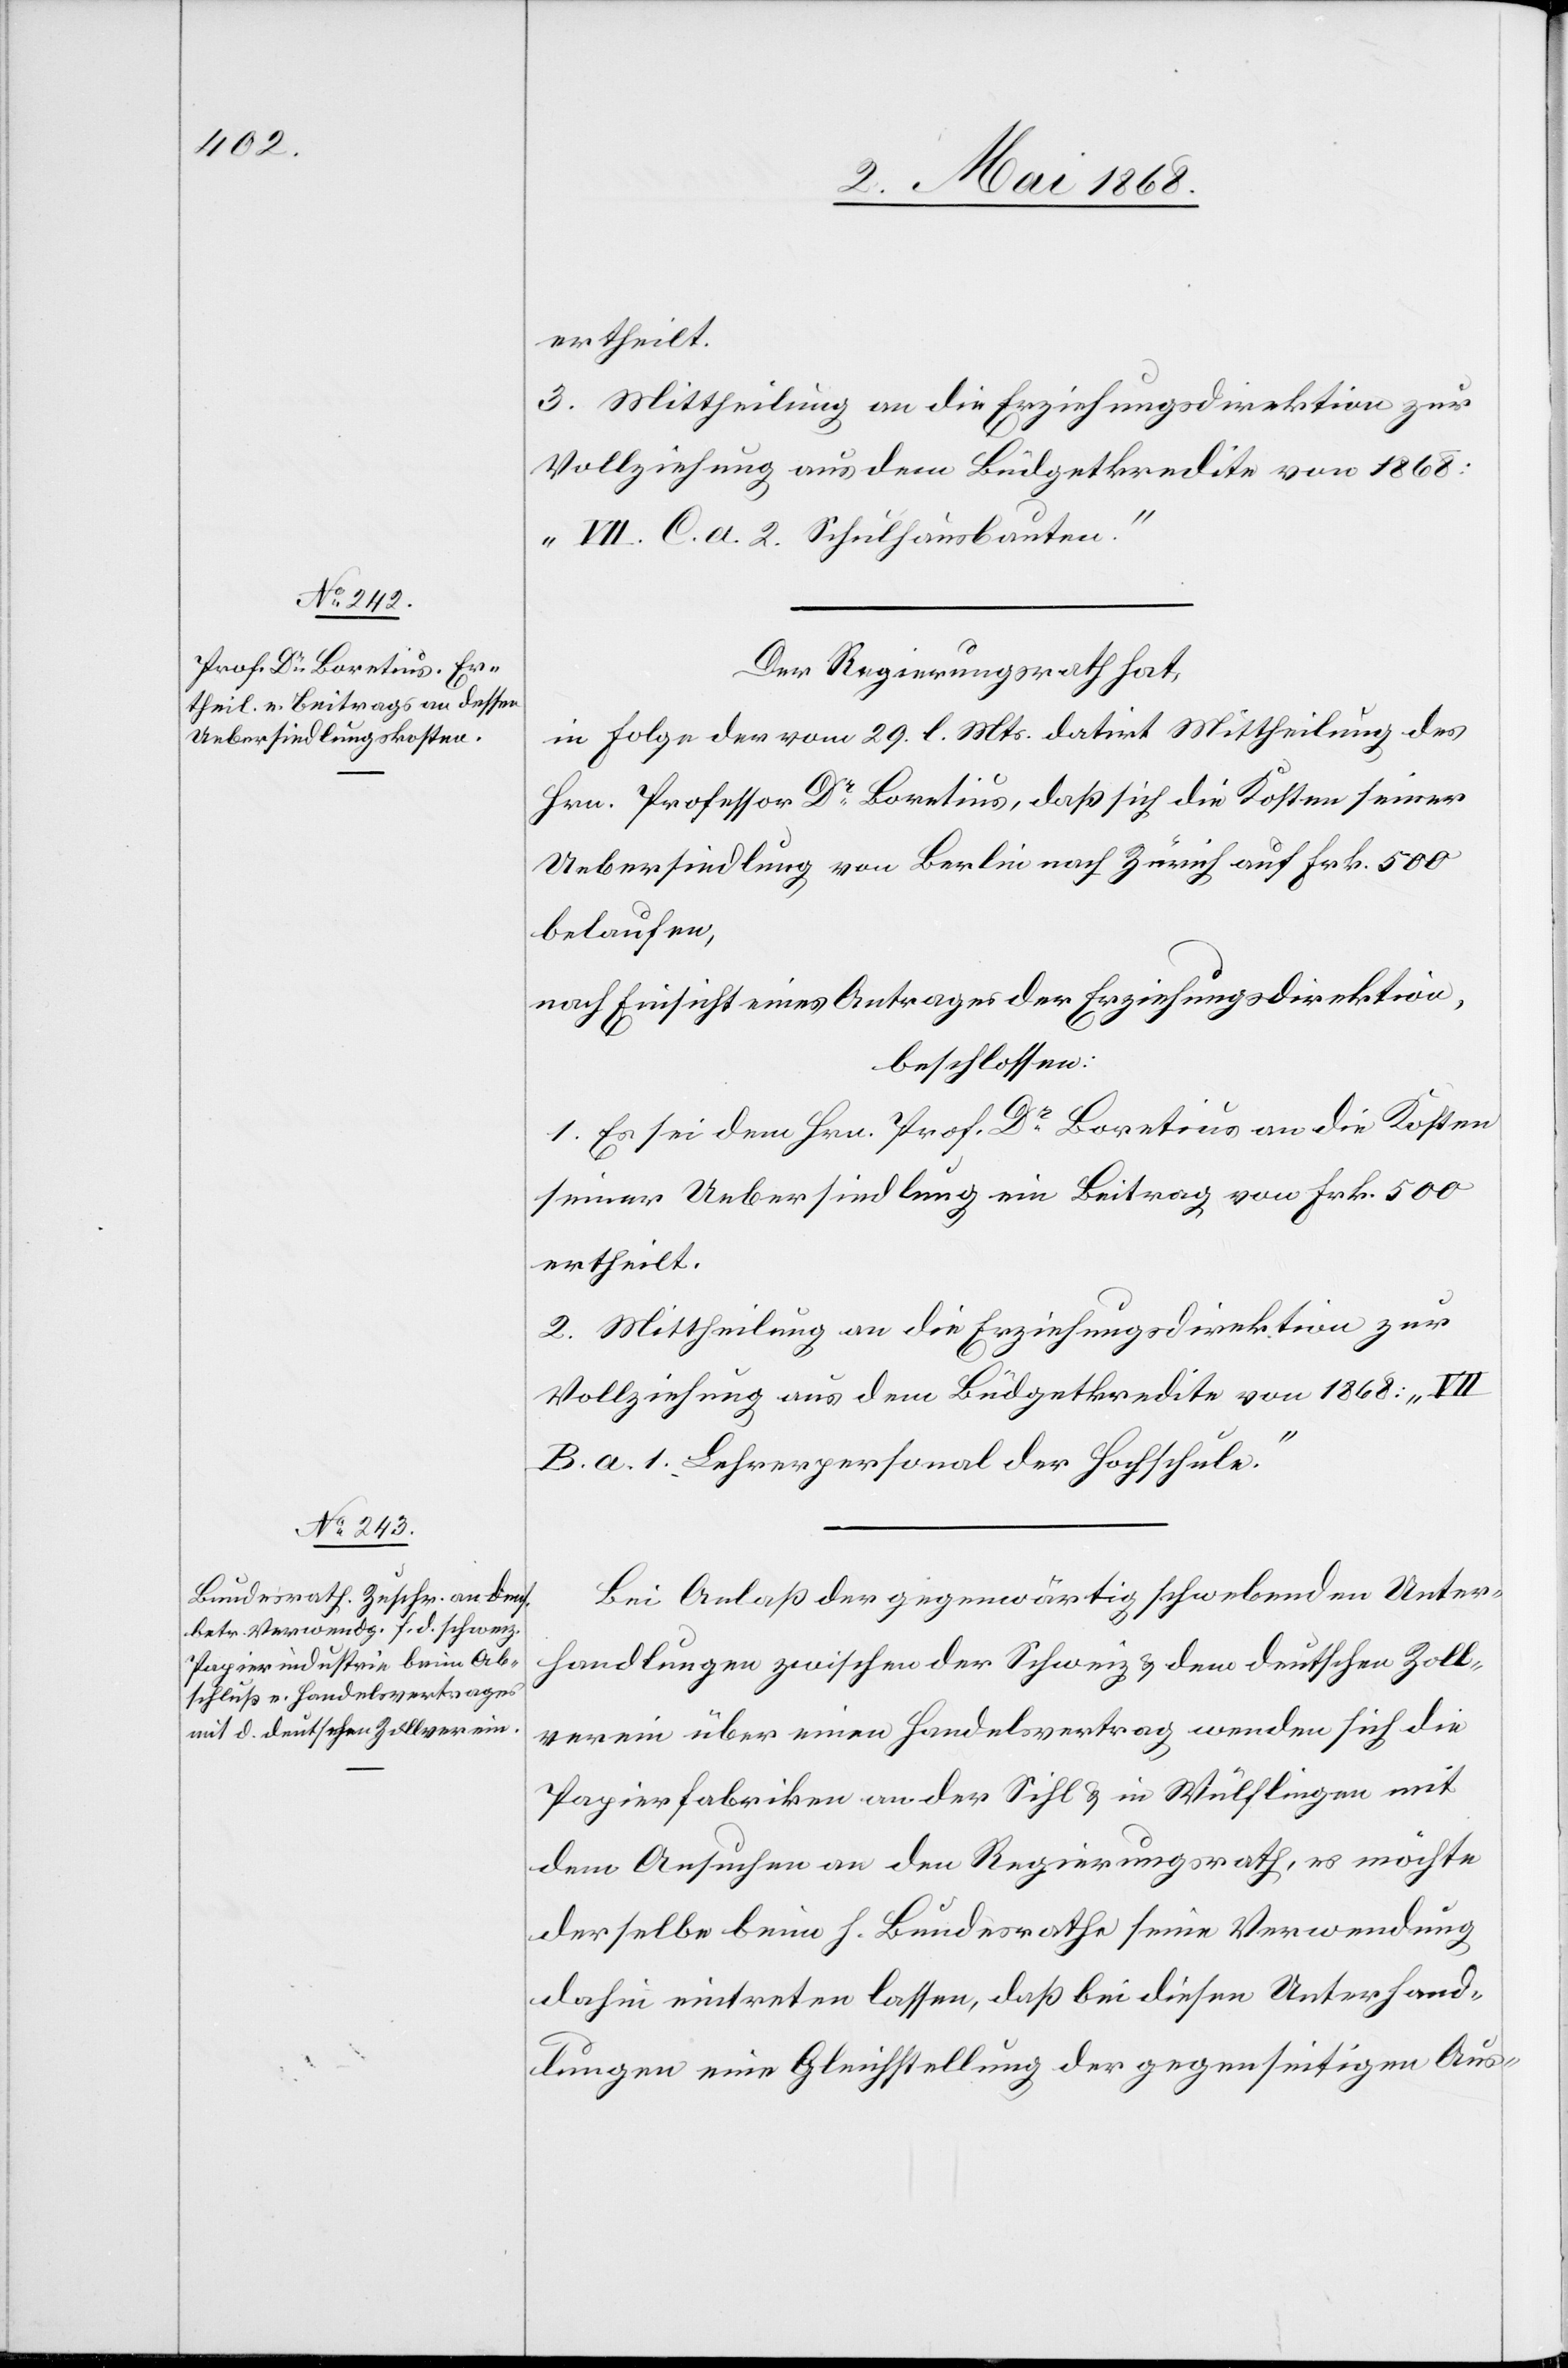
ertheilt.
3. Mittheilung an die Erziehungsdirektion zur
Vollziehung aus dem Büdgetkredite von 1868:
„VII. C. a. 2. Schulhausbauten.“
Der Regierungsrath hat,
in Folge der vom 29. l. Mts. datirt[en] Mittheilung des
Hrn. Professor Dr. Boretius, daß sich die Kosten seiner
Uebersiedlung von Berlin nach Zürich auf Frk. 500
belaufen,
nach Einsicht eines Antrages der Erziehungsdirektion,
beschlossen:
1. Es sei dem Hrn. Prof. Dr. Boretius an die Kosten
seiner Uebersiedlung ein Beitrag von Frk. 500
ertheilt.
2. Mittheilung an die Erziehungsdirektion zur
B. a. 1. Lehrerpersonal der Hochschule.“
Bei Anlaß der gegenwärtig schwebenden Unter¬
handlungen zwischen der Schweiz & dem deutschen Zoll¬
verein über einen Handelsvertrag wenden sich die
Papierfabriken an der Sihl & in Wülflingen mit
dem Ansuchen an den Regierungsrath, es möchte
derselbe beim h. Bundesrathe seine Verwendung
dahin eintreten lassen, daß bei diesen Unterhand¬
lungen eine Gleichstellung der gegenseitigen Aus-